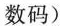
数码）